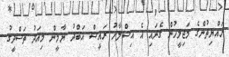
ރައްޔިތުންގެ މަޖިލީހުން ގެނައި އެ އިސްލާހު ރައީސް އަބްދު ޔާމީން މިއަދު ތަސްދީގު